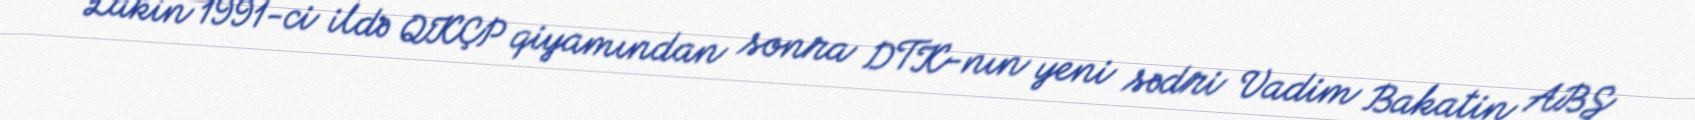
Lakin 1991-ci ildə QKÇP qiyamından sonra DTK-nın yeni sədri Vadim Bakatin ABŞ